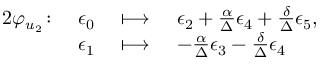
\begin{array} { r l r l } { { 2 } \varphi _ { u _ { 2 } } \colon } & { \epsilon _ { 0 } } & { \ \longmapsto \ } & { \epsilon _ { 2 } + \frac { \alpha } { \Delta } \epsilon _ { 4 } + \frac { \delta } { \Delta } \epsilon _ { 5 } , } \\ & { \epsilon _ { 1 } } & { \ \longmapsto \ } & { - \frac { \alpha } { \Delta } \epsilon _ { 3 } - \frac { \delta } { \Delta } \epsilon _ { 4 } } \end{array}